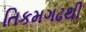
તિકમગઢથી